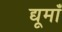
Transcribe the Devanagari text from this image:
द्यूमाँ